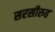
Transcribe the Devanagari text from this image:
सरसीरुह